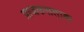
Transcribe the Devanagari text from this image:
प्राजकसताक